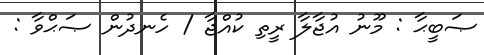
ޞަބީޙާ : މޫނު އުޖާލާ ރީތި ކުއްޖާ / ހެނދުން ޞަޙްވާ :